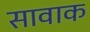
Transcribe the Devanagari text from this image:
सावाक